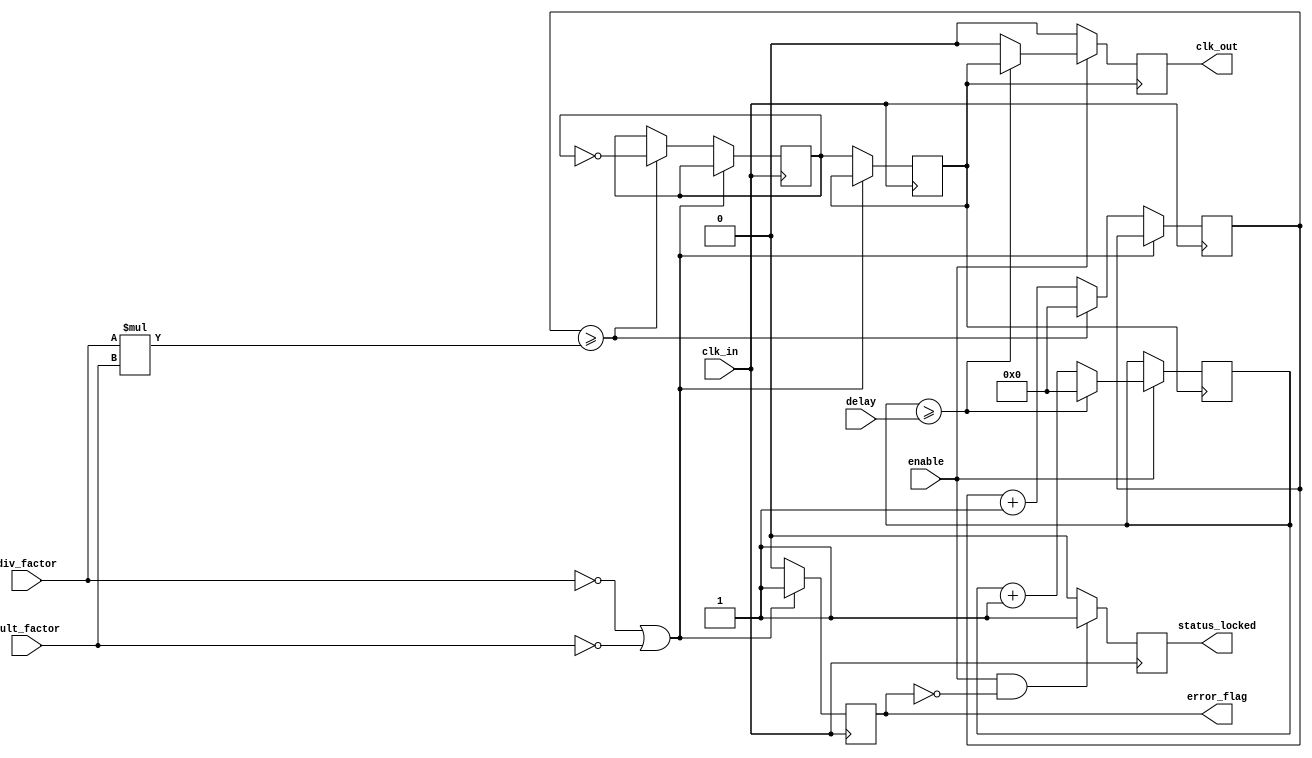
module ProgrammableClockBuffer (
    input wire clk_in,               // Primary clock input
    input wire [3:0] div_factor,     // Division factor for clock output
    input wire [3:0] mult_factor,     // Multiplication factor for clock output
    input wire [3:0] delay,           // Delay setting for clock output
    input wire enable,                // Enable signal for clock output
    output reg clk_out,               // Programmable clock output
    output reg status_locked,         // Status indicator for locked signal
    output reg error_flag             // Error flag for configuration issues
);

    reg [31:0] counter;               // Counter for clock division/multiplication
    reg [31:0] delay_counter;         // Counter for delay control
    reg clk_div;                      // Divided clock signal
    reg clk_mult;                     // Multiplied clock signal

    // Clock division and multiplication logic
    always @(posedge clk_in) begin
        // Reset error flag
        error_flag <= 1'b0;

        // Check for valid division and multiplication factors
        if (div_factor == 0 || mult_factor == 0) begin
            error_flag <= 1'b1; // Set error flag if factors are invalid
        end else begin
            // Clock division
            counter <= counter + 1;
            if (counter >= (div_factor * mult_factor)) begin
                clk_div <= ~clk_div; // Toggle divided clock
                counter <= 0;         // Reset counter
            end

            // Clock multiplication
            clk_mult <= clk_div; // Use divided clock as base for multiplication
        end
    end

    // Delay control logic
    always @(posedge clk_mult) begin
        if (enable) begin
            delay_counter <= delay_counter + 1;
            if (delay_counter >= delay) begin
                clk_out <= clk_mult; // Output the multiplied clock after delay
                delay_counter <= 0;   // Reset delay counter
            end else begin
                clk_out <= 1'b0; // Hold clock output low during delay
            end
        end else begin
            clk_out <= 1'b0; // Disable clock output if not enabled
        end
    end

    // Status indicator logic
    always @(posedge clk_in) begin
        if (enable && !error_flag) begin
            status_locked <= 1'b1; // Indicate that the clock is locked
        end else begin
            status_locked <= 1'b0; // Indicate that the clock is not locked
        end
    end

endmodule